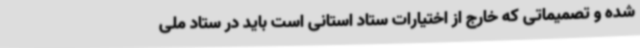
شده و تصمیماتی که خارج از اختیارات ستاد استانی است باید در ستاد ملی